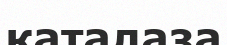
каталаза